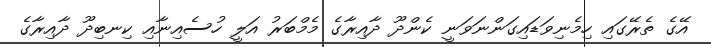
އޭގެ ތެރޭގައި ހިމެނިވަޑައިގަންނަވަނީ ކެންދޫ ދާއިރާގެ މެމްބަރު އަލީ ހުސެއިނާއި ކިނބިދޫ ދާއިރާގެ